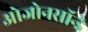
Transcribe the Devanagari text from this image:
ओजोनसॉन्‍डे